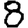
Digit: 8